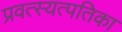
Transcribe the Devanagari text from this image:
प्रवत्स्यत्पतिका